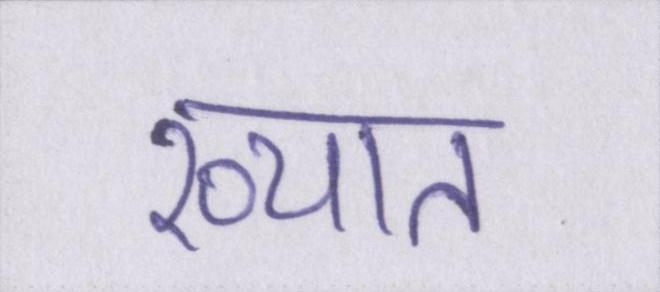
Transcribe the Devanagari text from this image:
ख्यात